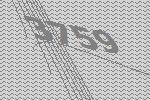
3759